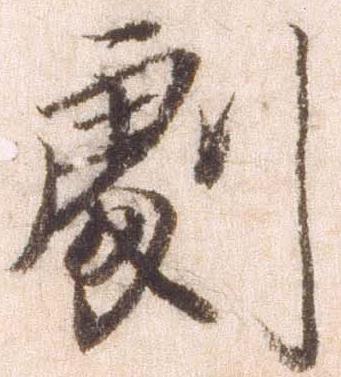
劇